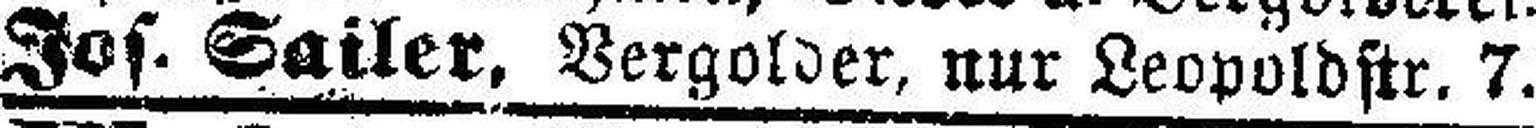
Jos. Sailer, Vergolder, nur Leopoldstr. 7.